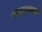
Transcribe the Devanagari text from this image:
साहाय्यास